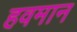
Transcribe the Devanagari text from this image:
हवमान